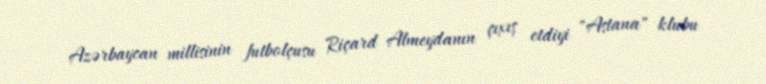
Azərbaycan millisinin futbolçusu Riçard Almeydanın çıxış etdiyi "Astana" klubu